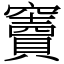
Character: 竇